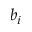
b _ { i }